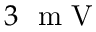
3 \ \mathrm { ~ m ~ V ~ }